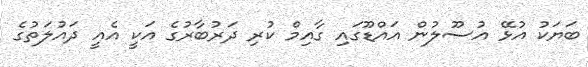
ބަޔަކު އުޅޭ އުސޫލުން އައްޑޫގައި ގާއިމް ކުރި ދަރުބާރުގެ އަކީ އެއީ ދައުލަތުގެ